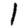
Digit: 1